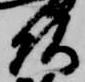
頭